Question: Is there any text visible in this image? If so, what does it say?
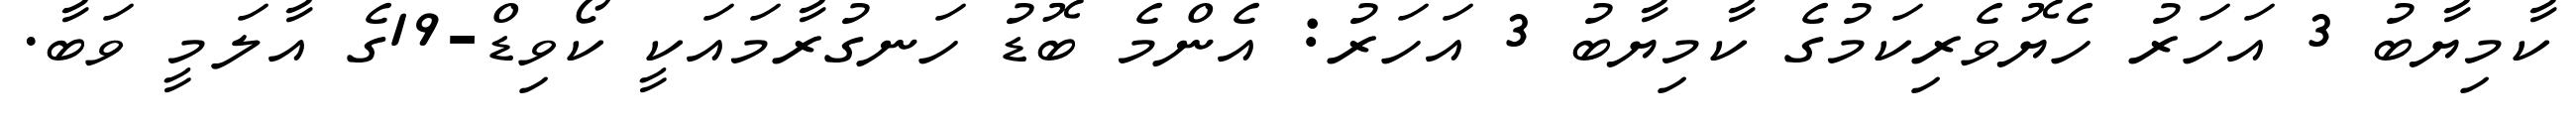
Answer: ކާމިޔާބު 3 އަހަރު ހެޔޮވެރިކަމުގެ ކާމިޔާބު 3 އަހަރު: އެންމެ ބޮޑު ހަނގުރާމައަކީ ކޯވިޑް-19ގެ އާލަމީ ވަބާ.